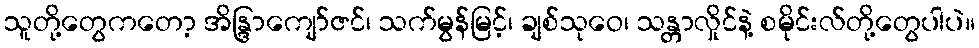
သူတို့တွေကတော့ အိန္ဒြာကျော်ဇင်၊ သက်မွန်မြင့်၊ ချစ်သုဝေ၊ သန္တာလှိုင်နဲ့ စမိုင်းလ်တို့တွေပါပဲ။